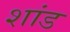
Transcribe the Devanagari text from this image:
शांड